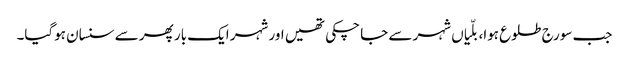
جب سورج طلوع ہوا، بلّیاں شہر سے جا چکی تھیں اور شہر ایک بار پھر سے سنسان ہوگیا۔